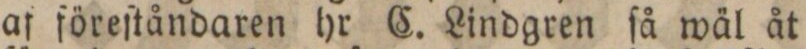
af föreſtåndaren hr C. Lindgren ſå wäl åt